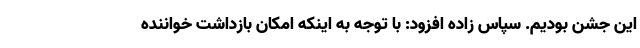
این جشن بودیم. سپاس زاده افزود: با توجه به اینکه امکان بازداشت خواننده